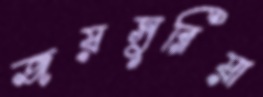
জয়সুরিয়া